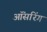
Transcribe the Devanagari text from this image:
ऑंसरिंग